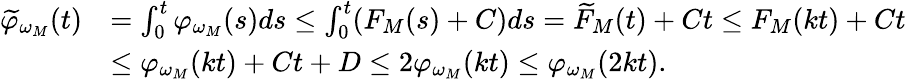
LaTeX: \begin{array}{rl}{\widetilde{\varphi}_{\omega_{M}}(t)}&{=\int_{0}^{t}\varphi_{\omega_{M}}(s)ds\le\int_{0}^{t}(F_{M}(s)+C)ds=\widetilde{F}_{M}(t)+Ct\le F_{M}(kt)+Ct}\\ &{\le\varphi_{\omega_{M}}(kt)+Ct+D\le 2\varphi_{\omega_{M}}(kt)\le\varphi_{\omega_{M}}(2kt).}\end{array}